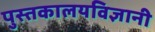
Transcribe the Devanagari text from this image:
पुस्तकालयविज्ञानी